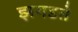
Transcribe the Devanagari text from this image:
झगडते